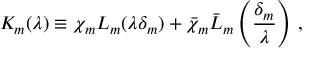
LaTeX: K _ { m } ( \lambda ) \equiv \chi _ { m } L _ { m } ( \lambda \delta _ { m } ) + \bar { \chi } _ { m } \bar { L } _ { m } \left( \frac { \delta _ { m } } { \lambda } \right) \, ,